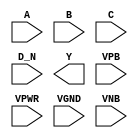
module sky130_fd_sc_ms__nor4b (
    //# {{data|Data Signals}}
    input  A   ,
    input  B   ,
    input  C   ,
    input  D_N ,
    output Y   ,

    //# {{power|Power}}
    input  VPB ,
    input  VPWR,
    input  VGND,
    input  VNB
);
endmodule